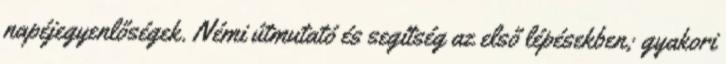
napéjegyenlőségek. Némi útmutató és segítség az első lépésekben; gyakori